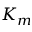
K _ { m }